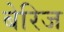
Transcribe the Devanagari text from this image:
बेरिज